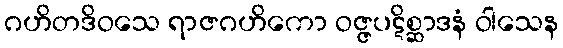
ဂဟိတဒိဝသေ ရာဇဂဟိကော ဝဇ္ဇပဋိစ္ဆာဒနံ ဝါသေန